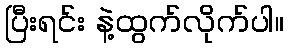
ပြီးရင်း နဲ့ထွက်လိုက်ပါ။